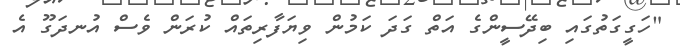
"ހަގީގަތުގައި ބިދޭސީންގެ އަތް ގަދަ ކަމުން ވިޔަފާރިތައް ކުރަން ވެސް އުނދަގޫ އެ